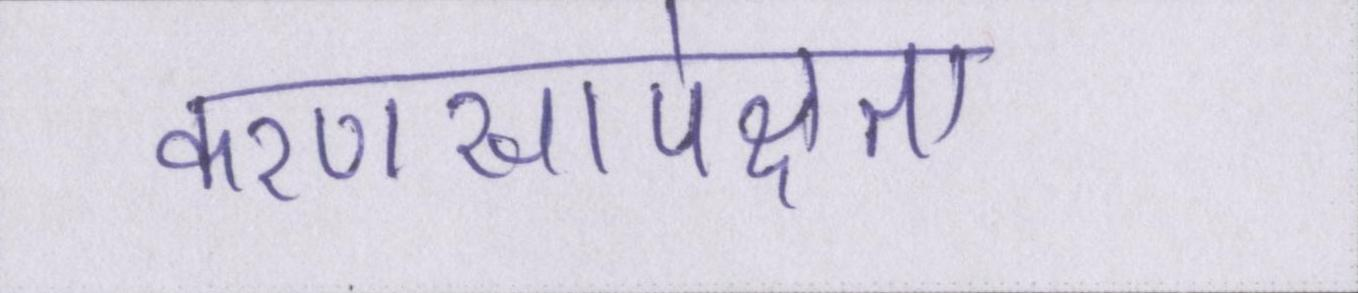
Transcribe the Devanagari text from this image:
करणसापेक्षता